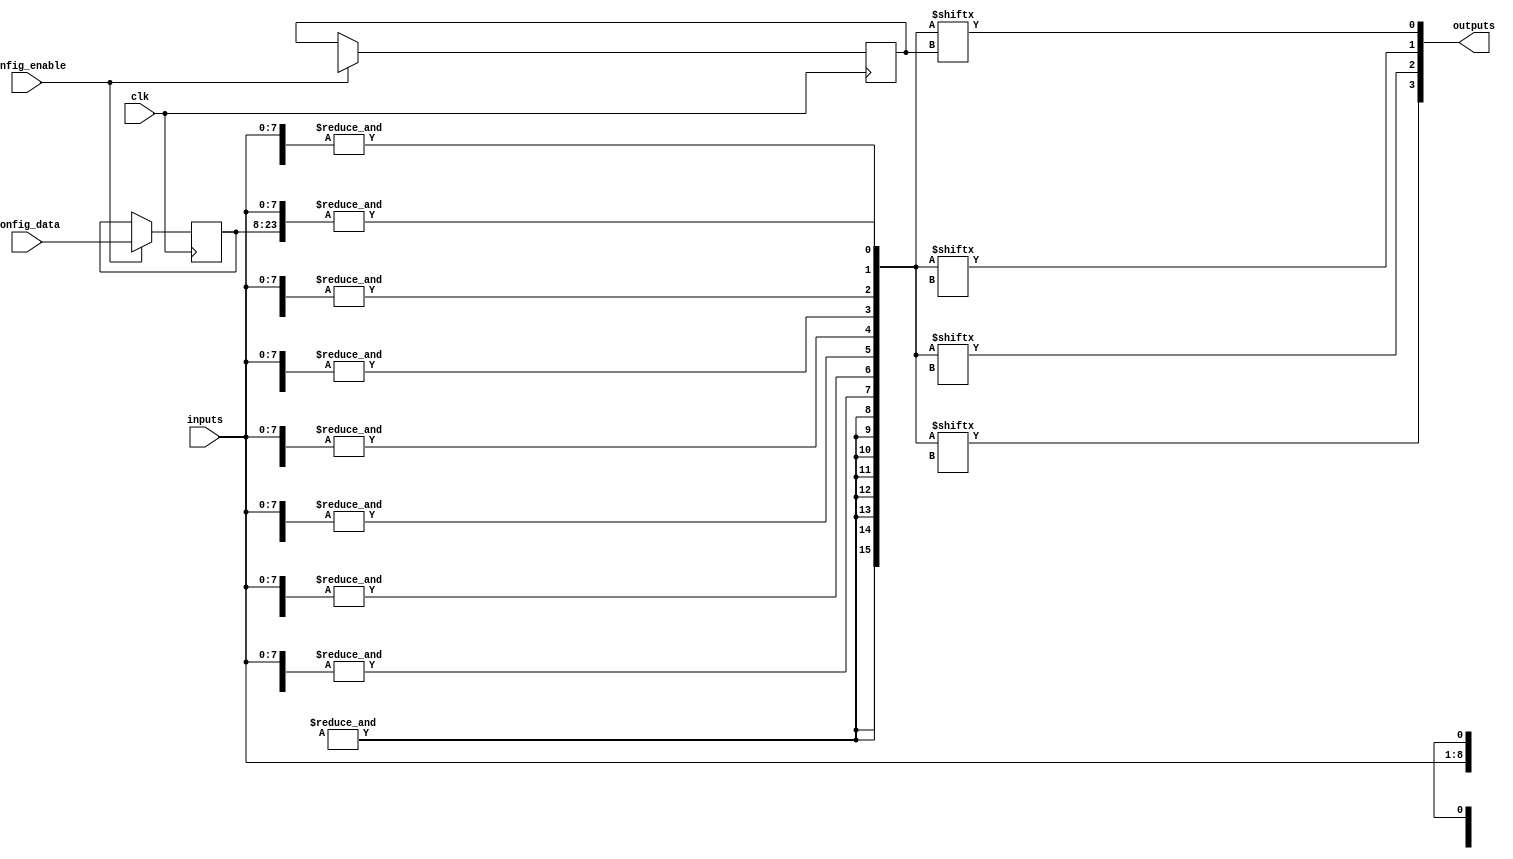
module SPAL (
    input wire [N-1:0] inputs,          // Input signals
    input wire [M-1:0] config_data,     // Configuration data for programming
    input wire config_enable,            // Enable signal for configuration
    input wire clk,                      // Clock signal
    output wire [P-1:0] outputs          // Output signals
);

parameter N = 8; // Number of inputs
parameter M = 16; // Number of AND gates
parameter P = 4; // Number of outputs

// Input Buffer
wire [N-1:0] buffered_inputs;
genvar i;
generate
    for (i = 0; i < N; i = i + 1) begin : input_buffer
        assign buffered_inputs[i] = inputs[i]; // Simple buffer, can add inversion if needed
    end
endgenerate

// Configuration Memory
reg [M-1:0] and_config [0:N-1]; // Configuration for AND array
reg [P-1:0] or_config [0:M-1];   // Configuration for OR array

// Programmable AND Array
wire [M-1:0] and_outputs;
genvar j;
generate
    for (j = 0; j < M; j = j + 1) begin : and_array
        assign and_outputs[j] = &({buffered_inputs, and_config[j]}); // AND operation based on config
    end
endgenerate

// Programmable OR Array
wire [P-1:0] or_outputs;
genvar k;
generate
    for (k = 0; k < P; k = k + 1) begin : or_array
        assign or_outputs[k] = |(and_outputs[or_config[k]]); // OR operation based on config
    end
endgenerate

// Output Buffer
wire [P-1:0] buffered_outputs;
generate
    for (i = 0; i < P; i = i + 1) begin : output_buffer
        assign buffered_outputs[i] = or_outputs[i]; // Simple buffer, can add inversion if needed
    end
endgenerate

// Control Logic for Configuration
always @(posedge clk) begin
    if (config_enable) begin
        // Load configuration data into AND and OR arrays
        // This is a simplified example; actual implementation may vary
        and_config[0] <= config_data[0:M-1]; // Example of loading config
        or_config[0] <= config_data[M:M+P-1]; // Example of loading config
    end
end

// Final Outputs
assign outputs = buffered_outputs;

endmodule